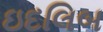
ઇદલિબ